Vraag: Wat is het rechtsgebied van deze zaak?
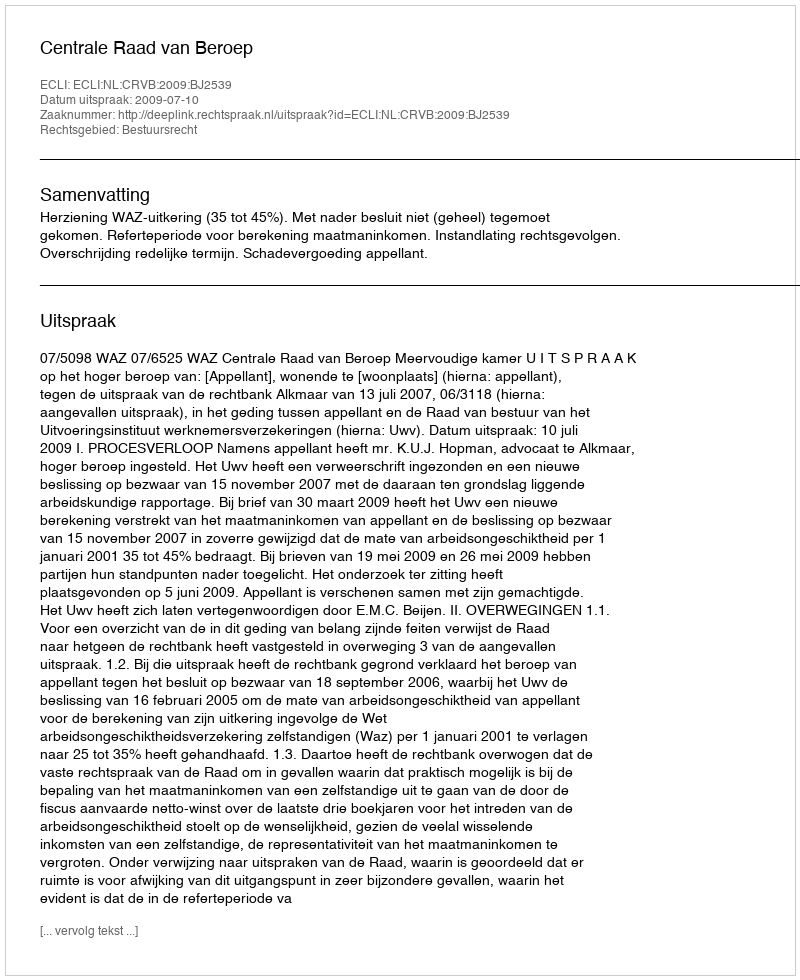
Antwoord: Bestuursrecht